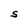
Character: S